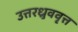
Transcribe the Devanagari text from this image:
उत्तरध्रुववृत्त